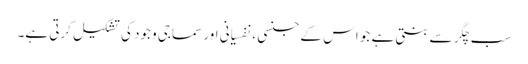
سب چگر سے بنتی ہے جو اس کے جنسی ، نفسیانی اور سماجی وجود کی تشکیل کرتی ہے۔